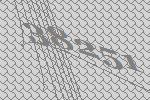
38251